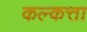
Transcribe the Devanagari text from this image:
कल्कत्ता